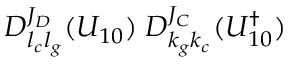
D _ { l _ { c } l _ { g } } ^ { J _ { D } } ( U _ { 1 0 } ) \; D _ { k _ { g } k _ { c } } ^ { J _ { C } } ( U _ { 1 0 } ^ { \dagger } )